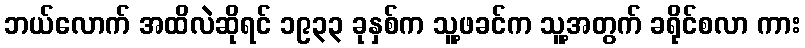
ဘယ်လောက် အထိလဲဆိုရင် ၁၉၃၃ ခုနှစ်က သူ့ဖခင်က သူ့အတွက် ခရိုင်စလာ ကား